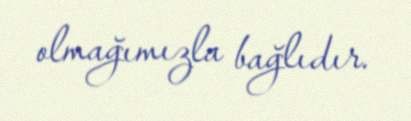
olmağımızla bağlıdır.